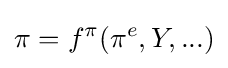
\pi =f^{\pi }(\pi ^{e},Y,...)